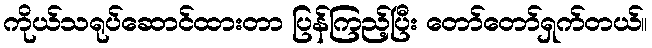
ကိုယ်သရုပ်ဆောင်ထားတာ ပြန်ကြည့်ပြီး တော်တော်ရှက်တယ်။